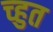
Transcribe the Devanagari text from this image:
च्हुत